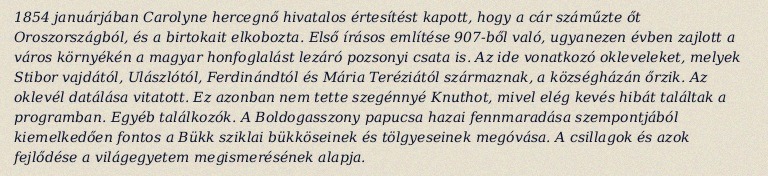
1854 januárjában Carolyne hercegnő hivatalos értesítést kapott, hogy a cár száműzte őt Oroszországból, és a birtokait elkobozta. Első írásos említése 907-ből való, ugyanezen évben zajlott a város környékén a magyar honfoglalást lezáró pozsonyi csata is. Az ide vonatkozó okleveleket, melyek Stibor vajdától, Ulászlótól, Ferdinándtól és Mária Teréziától származnak, a községházán őrzik. Az oklevél datálása vitatott. Ez azonban nem tette szegénnyé Knuthot, mivel elég kevés hibát találtak a programban. Egyéb találkozók. A Boldogasszony papucsa hazai fennmaradása szempontjából kiemelkedően fontos a Bükk sziklai bükköseinek és tölgyeseinek megóvása. A csillagok és azok fejlődése a világegyetem megismerésének alapja.